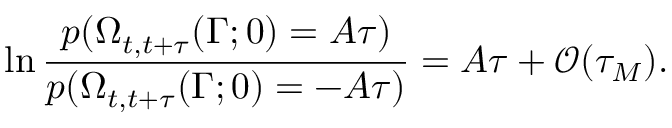
\ln \frac { p ( \Omega _ { t , t + \tau } ( \Gamma ; 0 ) = A \tau ) } { p ( \Omega _ { t , t + \tau } ( \Gamma ; 0 ) = - A \tau ) } = A \tau + \mathcal { O } ( \tau _ { M } ) .